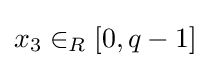
x_{3}\in _{R}[0,q-1]